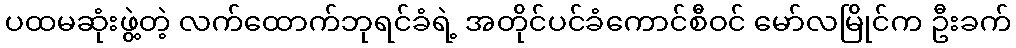
ပထမဆုံးဖွဲ့တဲ့ လက်ထောက်ဘုရင်ခံရဲ့ အတိုင်ပင်ခံကောင်စီဝင် မော်လမြိုင်က ဦးခက်